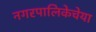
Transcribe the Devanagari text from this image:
नगरपालिकेचेया